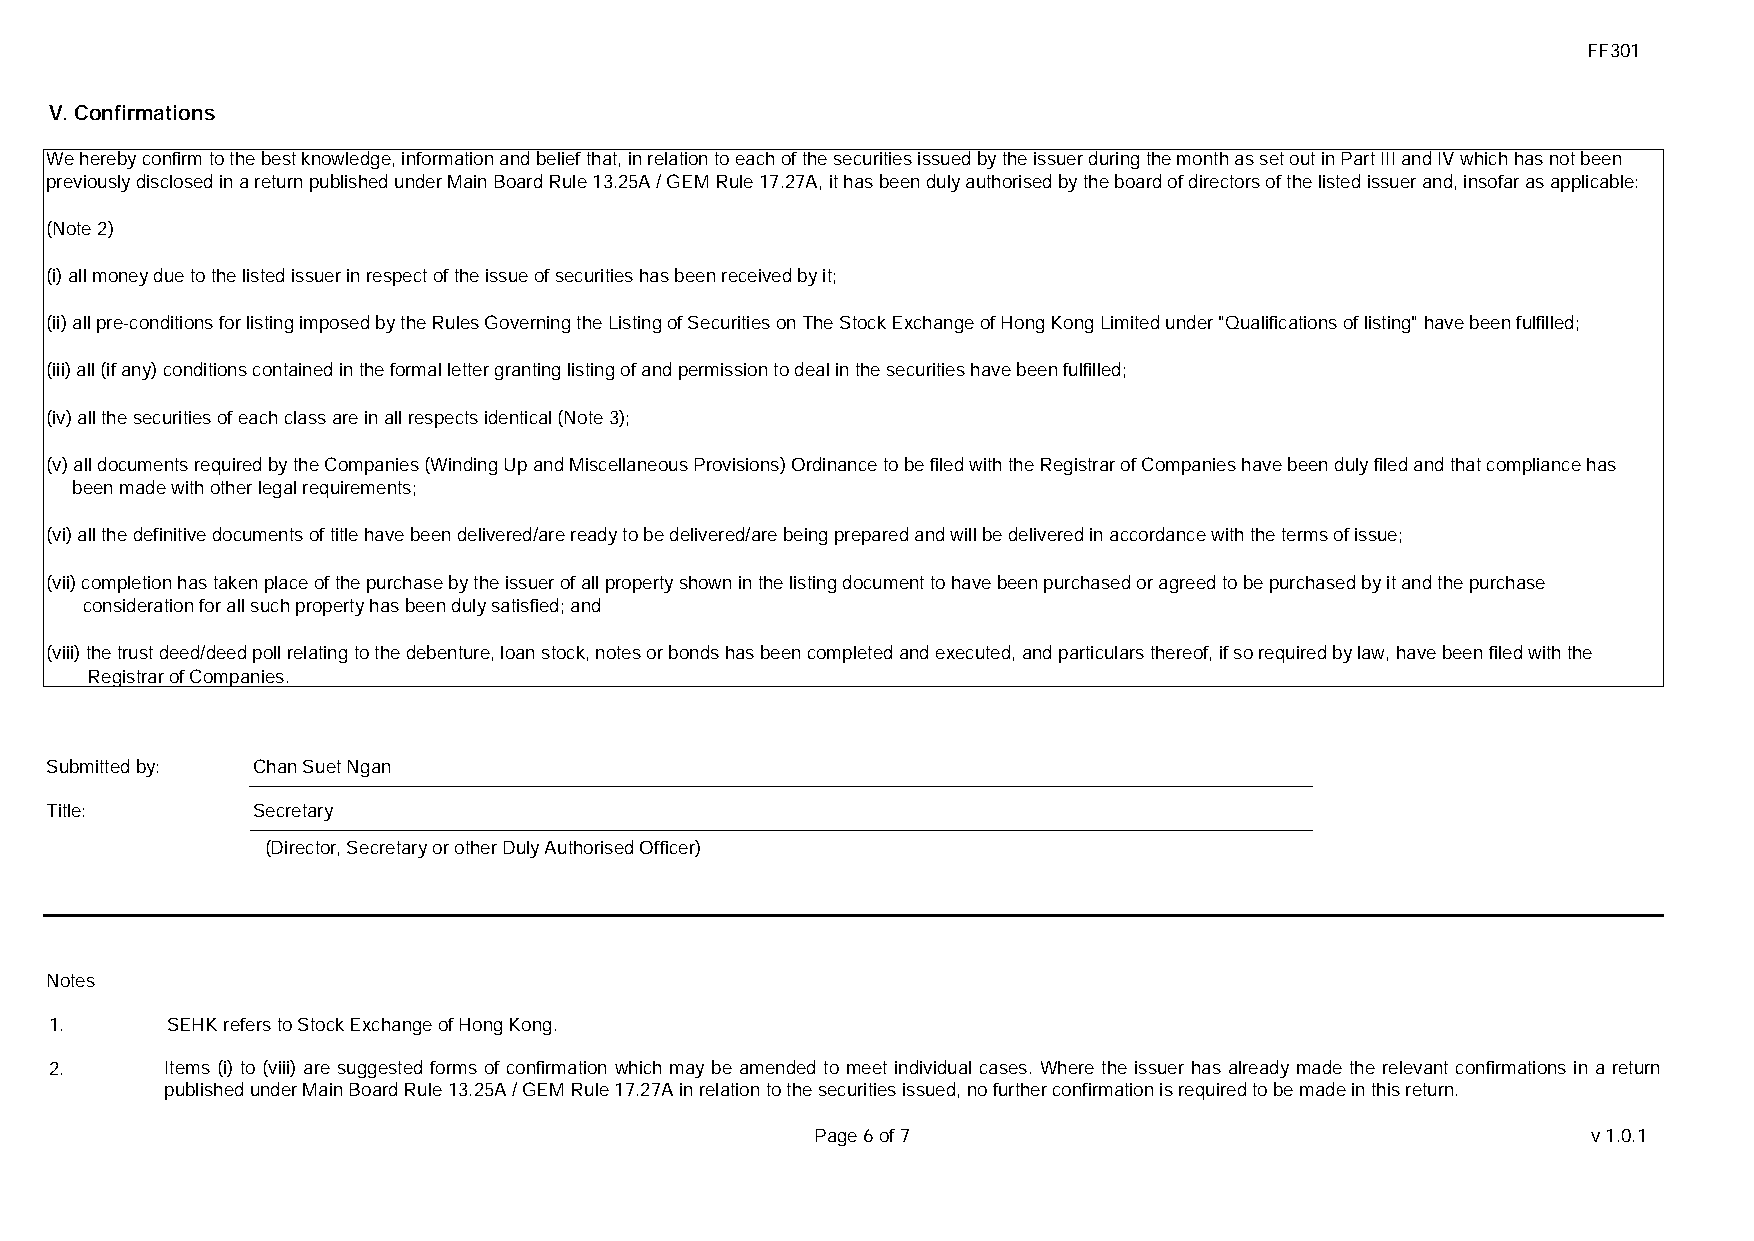
FF301
 V. Confirmations
 We hereby confirm to the best knowledge, information and belief that, in relation to each of the securities issued by the issuer during the month as set out in Part III and IV which has not been
 previously disclosed in a return published under Main Board Rule 13.25A / GEM Rule 17.27A, it has been duly authorised by the board of directors of the listed issuer and, insofar as applicable:
 (Note 2)
 (i) all money due to the listed issuer in respect of the issue of securities has been received by it;
 (ii) all pre-conditions for listing imposed by the Rules Governing the Listing of Securities on The Stock Exchange of Hong Kong Limited under "Qualifications of listing" have been fulfilled;
 (iii) all (if any) conditions contained in the formal letter granting listing of and permission to deal in the securities have been fulfilled;
 (iv) all the securities of each class are in all respects identical (Note 3);
 (v) all documents required by the Companies (Winding Up and Miscellaneous Provisions) Ordinance to be filed with the Registrar of Companies have been duly filed and that compliance has
 been made with other legal requirements;
 (vi) all the definitive documents of title have been delivered/are ready to be delivered/are being prepared and will be delivered in accordance with the terms of issue;
 (vii) completion has taken place of the purchase by the issuer of all property shown in the listing document to have been purchased or agreed to be purchased by it and the purchase
 consideration for all such property has been duly satisfied; and
 (viii) the trust deed/deed poll relating to the debenture, loan stock, notes or bonds has been completed and executed, and particulars thereof, if so required by law, have been filed with the
 Registrar of Companies.
 Submitted by: Chan Suet Ngan
 Title:        Secretary
 (Director, Secretary or other Duly Authorised Officer)
 Notes
 1.      SEHK refers to Stock Exchange of Hong Kong.
 2.      Items (i) to (viii) are suggested forms of confirmation which may be amended to meet individual cases. Where the issuer has already made the relevant confirmations in a return
 published under Main Board Rule 13.25A / GEM Rule 17.27A in relation to the securities issued, no further confirmation is required to be made in this return.
 Page 6 of 7                                        v1.0.1